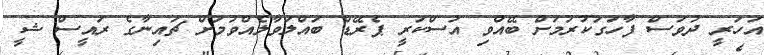
އަހަރީ ދުވަސް ފާހަގަކުރުމަށް ބޭއްވި އަސްކަރީ ޕެރޭޑް ބައްލަވާލެއްވުމަށް ޗައިނާގެ ރައީސް ޝީ